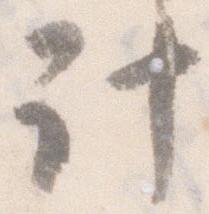
計